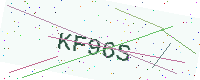
Text: KF96S